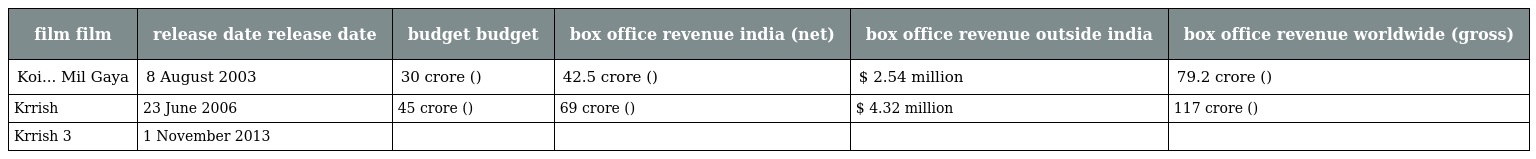
| film film | release date release date | budget budget | box office revenue india (net) | box office revenue outside india | box office revenue worldwide (gross) |
 | --- | --- | --- | --- | --- | --- |
 | Koi... Mil Gaya | 8 August 2003 | 30 crore () | 42.5 crore () | $ 2.54 million | 79.2 crore () |
 | Krrish | 23 June 2006 | 45 crore () | 69 crore () | $ 4.32 million | 117 crore () |
 | Krrish 3 | 1 November 2013 |  |  |  |  |